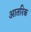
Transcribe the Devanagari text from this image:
आतरिक